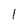
Character: 1